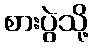
စားပွဲသို့